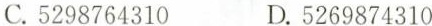
C.5298764310 D.5269874310